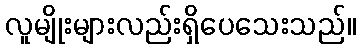
လူမျိုးများလည်းရှိပေသေးသည်။